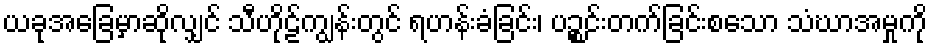
ယခုအခြေမှာဆိုလျှင် သီဟိုဠ်ကျွန်းတွင် ရဟန်းခံခြင်း၊ ပဉ္စင်းတက်ခြင်းစသော သံဃာအမှုကို